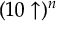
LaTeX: ( 1 0 \uparrow ) ^ { n }